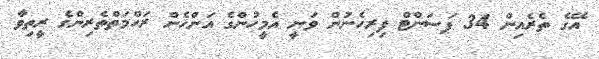
އޭގެ ތެރެއިން 34 ޕަސަންޓް ފިރިހެނުން ވަނީ އެމީހުންގެ އަންހެން ރަހްމަތްތެރިންގެ ރީތިވާ